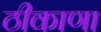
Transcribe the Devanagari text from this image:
ठीकाणा